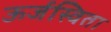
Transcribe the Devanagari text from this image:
ऊर्जस्विता